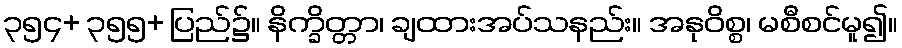
၃၅၄+ ၃၅၅+ ပြည်၌။ နိက္ခိတ္တာ၊ ချထားအပ်သနည်း။ အနုဝိစ္စ၊ မစီစင်မူ၍။